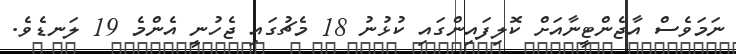
ނަމަވެސް އާޖެންޓީނާއަށް ކޮލިފައިންގައި ކުޅުނު 18 މެޗުގައި ޖެހުނީ އެންމެ 19 ލަނޑެވެ.